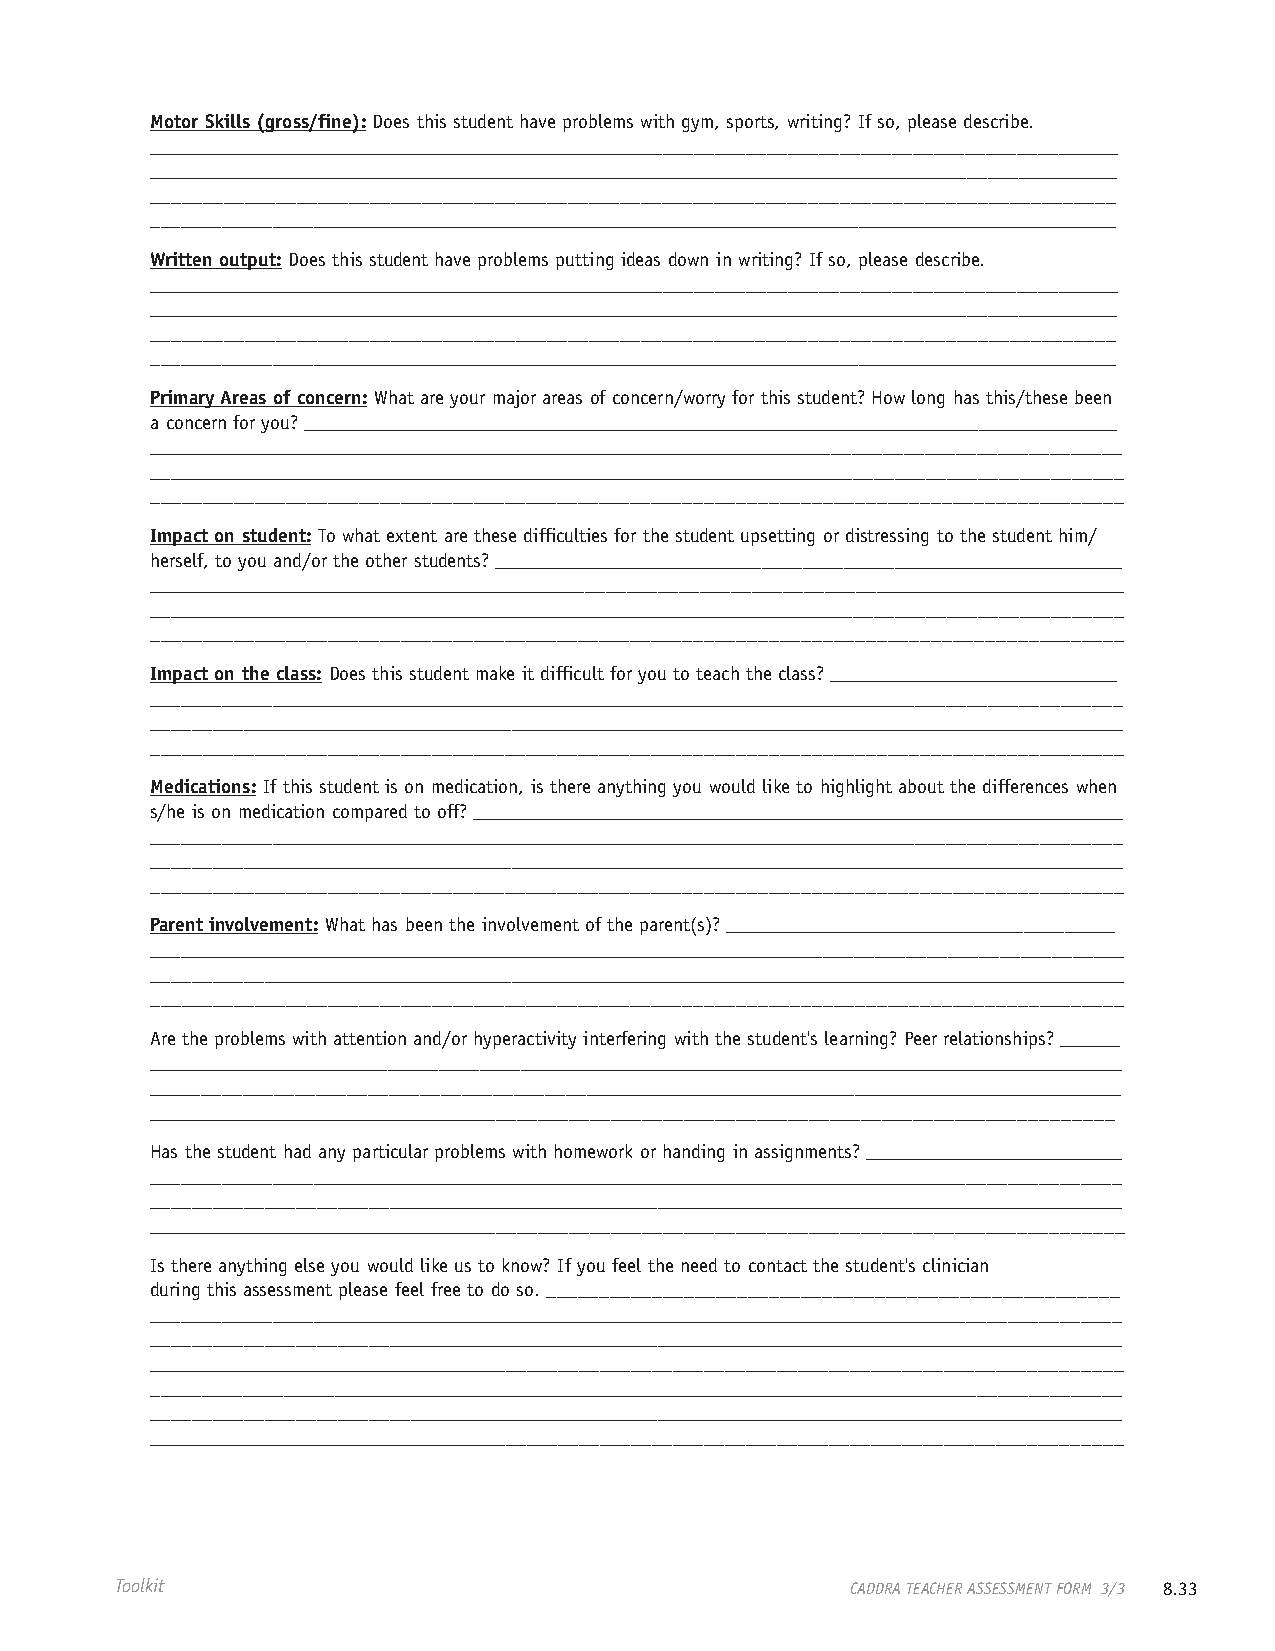
Motor Skills (gross/fine): Does this student have problems with gym, sports, writing? If so, please describe.
 ________________________________________________________________________________________________
 __________________________________________________________________________________________________
 ____________________________________________________________________________________________
 _________________________________________________________________________________________________
 Written output: Does this student have problems putting ideas down in writing? If so, please describe.
 ________________________________________________________________________________________________
 __________________________________________________________________________________________________
 ____________________________________________________________________________________________
 _________________________________________________________________________________________________
 Primary Areas of concern: What are your major areas of concern/worry for this student? How long has this/these been
 a concern for you? __________________________________________________________________________________
 _________________________________________________________________________________________________
 _________________________________________________________________________________________________
 ____________________________________________________________________________________________
 Impact on student: To what extent are these difficulties for the student upsetting or distressing to the student him/
 herself, to you and/or the other students? _______________________________________________________________
 _________________________________________________________________________________________________
 _________________________________________________________________________________________________
 ____________________________________________________________________________________________
 Impact on the class: Does this student make it difficult for you to teach the class? _____________________________
 _________________________________________________________________________________________________
 __________________________________________________________________________________________________
 ____________________________________________________________________________________________
 Medications: If this student is on medication, is there anything you would like to highlight about the differences when
 s/he is on medication compared to off? __________________________________________________________________
 _________________________________________________________________________________________________
 __________________________________________________________________________________________________
 ____________________________________________________________________________________________
 Parent involvement: What has been the involvement of the parent(s)? _______________________________________
 _________________________________________________________________________________________________
 __________________________________________________________________________________________________
 ____________________________________________________________________________________________
 Are the problems with attention and/or hyperactivity interfering with the student's learning? Peer relationships? ______
 __________________________________________________________________________________________________
 ________________________________________________________________________________________________
 ______________________________________________________________________________________________
 Has the student had any particular problems with homework or handing in assignments? __________________________
 _________________________________________________________________________________________________
 _________________________________________________________________________________________________
 _______________________________________________________________________________________________
 Is there anything else you would like us to know? If you feel the need to contact the student's clinician
 during this assessment please feel free to do so. ______________________________________________________
 _________________________________________________________________________________________________
 _________________________________________________________________________________________________
 _______________________________________________________________________________________________
 _________________________________________________________________________________________________
 _________________________________________________________________________________________________
 _______________________________________________________________________________________________
 Toolkit                                         CADDRA TEACHER ASSESSMENT FORM 3/3 8.33